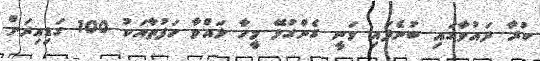
ކުރާ ދައުވާގައި ބުނެފައި ވަނީ ގެންގުޅޭ މީހާ ލައްވާ ހަފުތާއަކު 100 ގަޑިއިރަށް